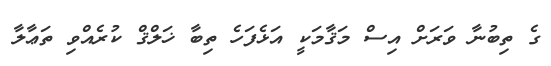
ގެ ތިބުނާ ވަރަށް އިސް މަޤާމަކީ އަޅެފަހެ ތިބާ ޚަލްޤް ކުރެއްވި ތަޢާލާ